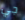
جي